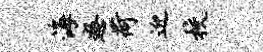
海怒荷迎校